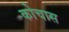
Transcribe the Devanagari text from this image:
कोचास